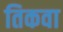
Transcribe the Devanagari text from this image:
तिकवा